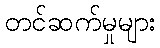
တင်ဆက်မှုများ